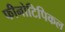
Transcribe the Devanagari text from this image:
फीनोटिपिकल